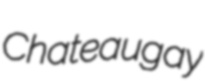
Chateaugay